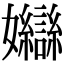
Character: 𡤣